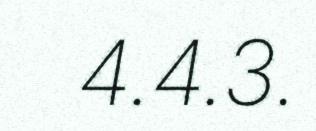
4.4.3.